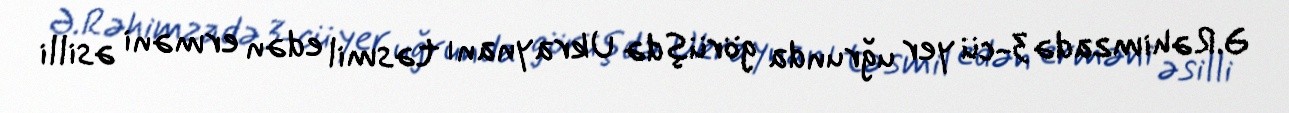
Ə.Rəhimzadə 3-cü yer uğrunda görüşdə Ukraynanı təsmil edən erməni əsilli